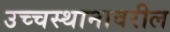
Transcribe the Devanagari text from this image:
उच्चस्थानावरील